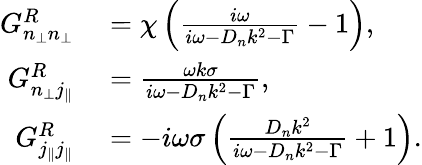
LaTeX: \begin{array}{rl}{G_{n_{\perp}n_{\perp}}^{R}}&{{}=\chi\left(\frac{i\omega}{i\omega-D_{n}k^{2}-\Gamma}-1\right),}\\ {G_{n_{\perp}j_{\| }}^{R}}&{{}=\frac{\omega k\sigma}{i\omega-D_{n}k^{2}-\Gamma},}\\ {G_{j_{\| }j_{\| }}^{R}}&{{}=-i\omega\sigma\left(\frac{D_{n}k^{2}}{i\omega-D_{n}k^{2}-\Gamma}+1\right).}\end{array}